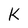
Character: K